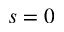
s = 0